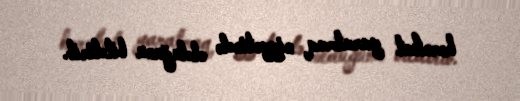
hərəkat yaratmaq niyyətində olduğunu bildirib.